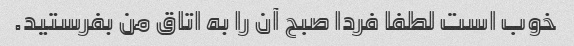
خوب است لطفا فردا صبح آن را به اتاق من بفرستید.